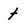
Character: t